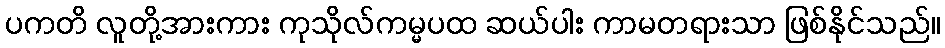
ပကတိ လူတို့အားကား ကုသိုလ်ကမ္မပထ ဆယ်ပါး ကာမတရားသာ ဖြစ်နိုင်သည်။